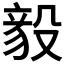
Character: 𬆫